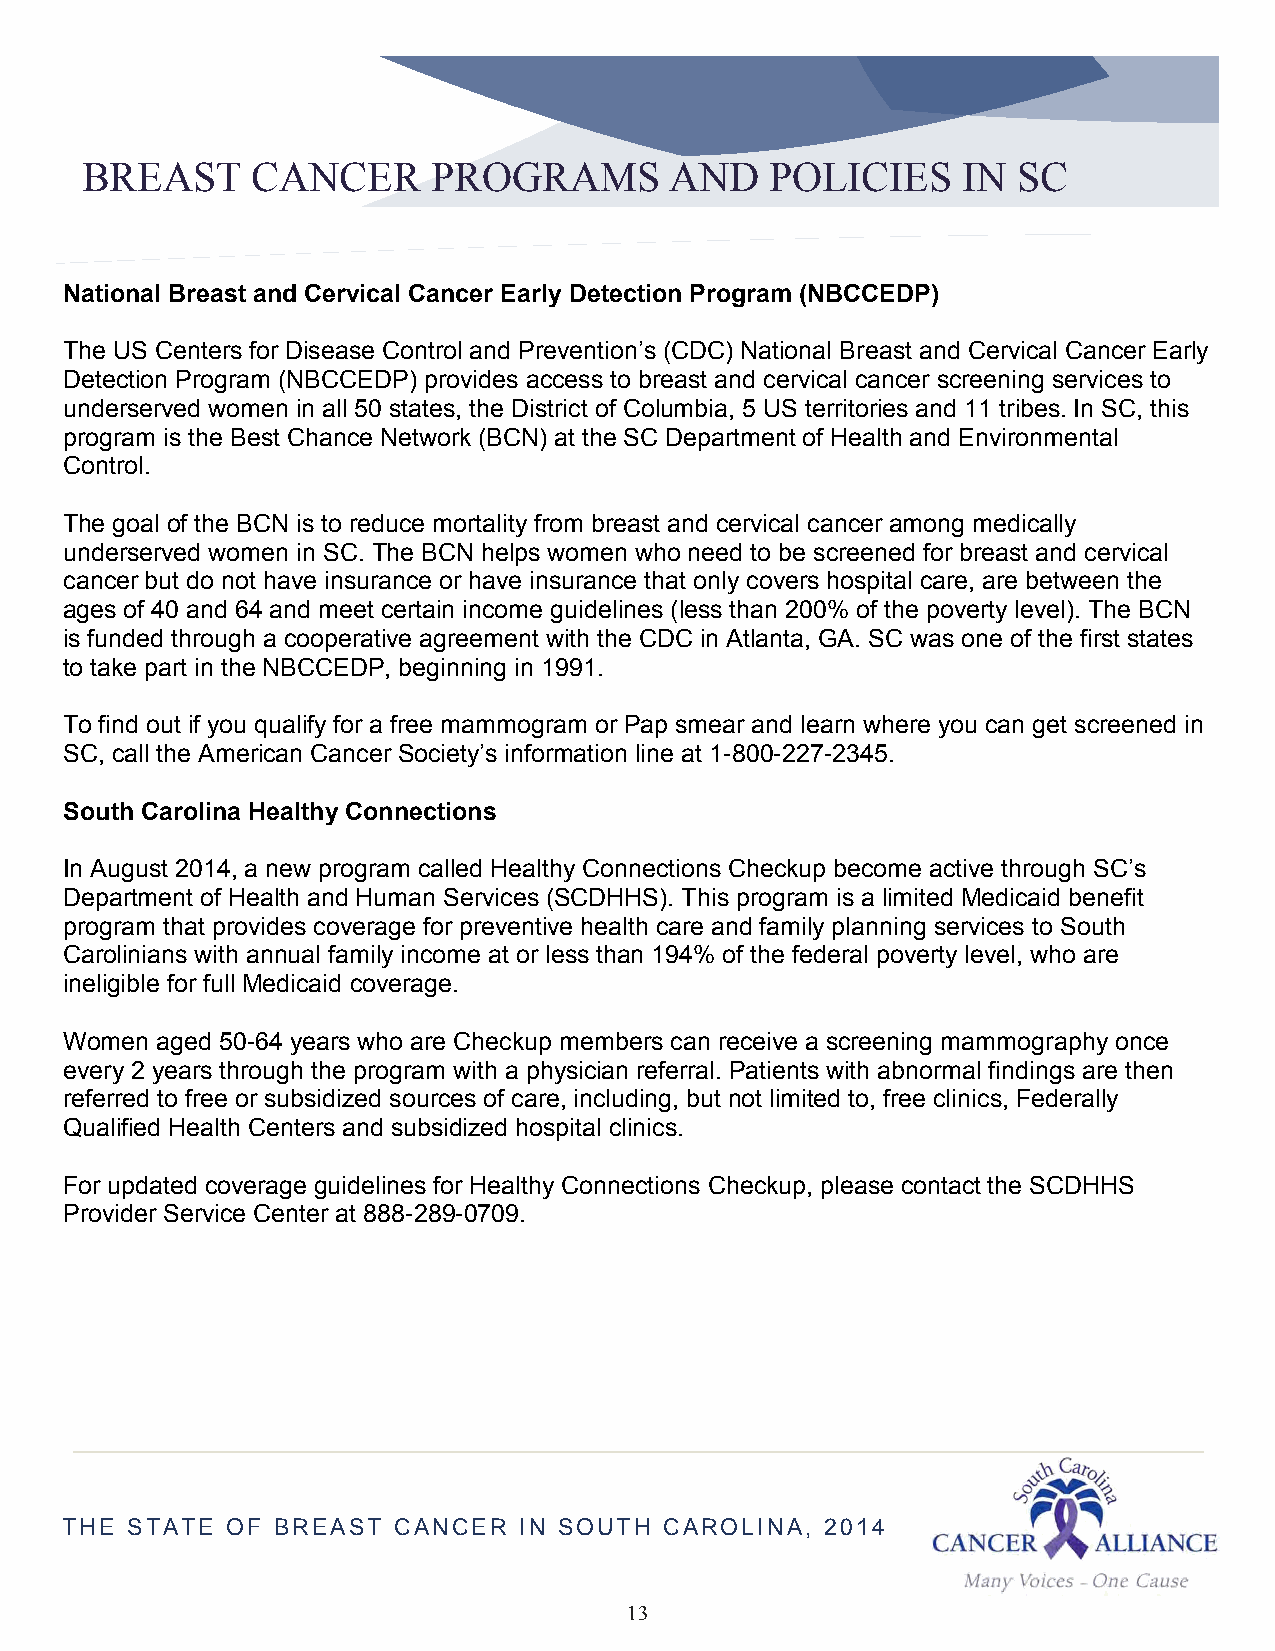
BREAST      CANCER      PROGRAMS       AND    POLICIES     IN SC
 National Breast and Cervical Cancer Early Detection Program (NBCCEDP)
 The US Centers for Disease Control and Prevention’s (CDC) National Breast and Cervical Cancer Early
 Detection Program (NBCCEDP) provides access to breast and cervical cancer screening services to
 underserved women in all 50 states, the District of Columbia, 5 US territories and 11 tribes. In SC, this
 program is the Best Chance Network (BCN) at the SC Department of Health and Environmental
 Control.
 The goal of the BCN is to reduce mortality from breast and cervical cancer among medically
 underserved women in SC. The BCN helps women who need to be screened for breast and cervical
 cancer but do not have insurance or have insurance that only covers hospital care, are between the
 ages of 40 and 64 and meet certain income guidelines (less than 200% of the poverty level). The BCN
 is funded through a cooperative agreement with the CDC in Atlanta, GA. SC was one of the first states
 to take part in the NBCCEDP, beginning in 1991.
 To find out if you qualify for a free mammogram or Pap smear and learn where you can get screened in
 SC, call the American Cancer Society’s information line at 1-800-227-2345.
 South Carolina Healthy Connections
 In August 2014, a new program called Healthy Connections Checkup become active through SC’s
 Department of Health and Human Services (SCDHHS). This program is a limited Medicaid benefit
 program that provides coverage for preventive health care and family planning services to South
 Carolinians with annual family income at or less than 194% of the federal poverty level, who are
 ineligible for full Medicaid coverage.
 Women aged 50-64 years who are Checkup members can receive a screening mammography once
 every 2 years through the program with a physician referral. Patients with abnormal findings are then
 referred to free or subsidized sources of care, including, but not limited to, free clinics, Federally
 Qualified Health Centers and subsidized hospital clinics.
 For updated coverage guidelines for Healthy Connections Checkup, please contact the SCDHHS
 Provider Service Center at 888-289-0709.
 THE STATE  OF BREAST  CANCER  IN SOUTH  CAROLINA,  2014
 13